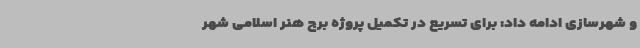
و شهرسازی ادامه داد: برای تسریع در تکمیل پروژه برج هنر اسلامی شهر